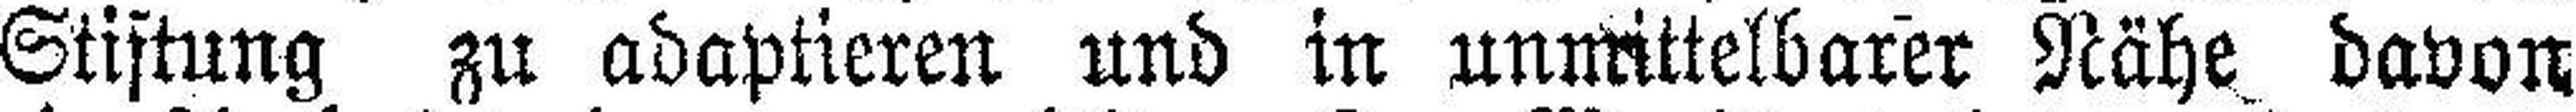
Stiftung zu adaptieren und in unmittelbarer Nähe davon